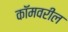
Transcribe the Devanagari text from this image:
कॉमवरील